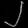
Digit: ၂